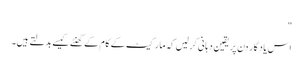
"
اس یاد گار دن پر یقین دہانی کر لیں کہ مارکیٹ کے کام کے گھنٹے کیسے بدلتے ہیں۔